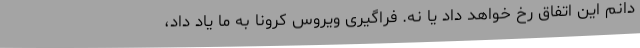
دانم این اتفاق رخ خواهد داد یا نه. فراگیری ویروس کرونا به ما یاد داد،